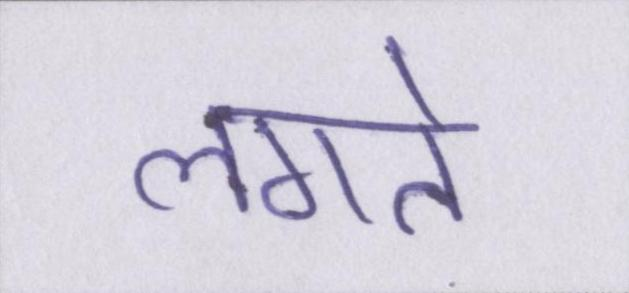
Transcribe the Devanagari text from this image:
लगते